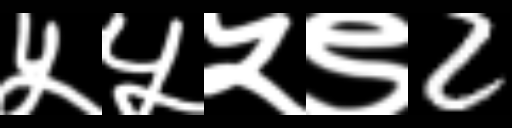
Text: ५५५९2